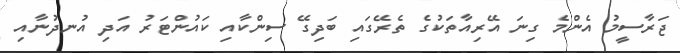
ޖަރާސީމު އެންމެ ގިނަ އޭރިއާތަކުގެ ތެރޭގައި ބަދިގޭ ސިންކާއި ކައުންޓަރު އަދި އުނދުނާއި